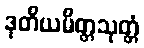
ဒုတိယမိတ္တသုတ္တံ